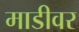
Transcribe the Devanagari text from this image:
माडीवर